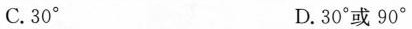
C. 30° D. 30°或90°